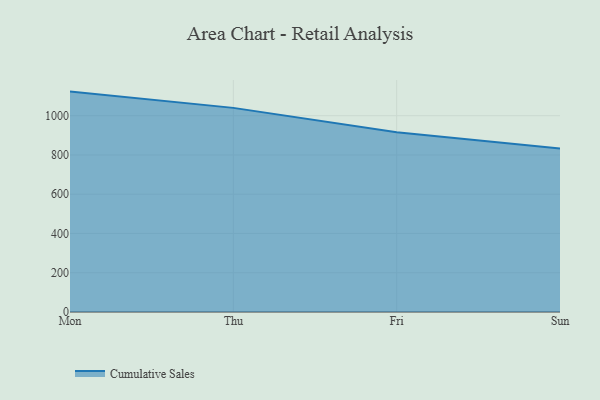
{"axis": {"x": "Day", "y": "Waste Production (Tons)"}, "legend": ["Cumulative Sales"], "data": [{"x": "Mon", "y": 1122.7, "type": "Cumulative Sales"}, {"x": "Thu", "y": 1039.8, "type": "Cumulative Sales"}, {"x": "Fri", "y": 916.0, "type": "Cumulative Sales"}, {"x": "Sun", "y": 832.6, "type": "Cumulative Sales"}]}